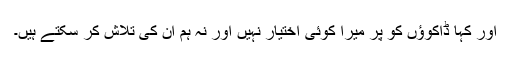
اور کہا ڈاکوؤں کو پر میرا کوئی اختیار نہیں اور نہ ہم ان کی تلاش کر سکتے ہیں۔